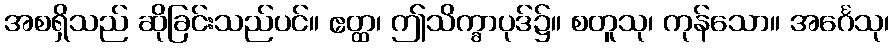
အစရှိသည် ဆိုခြင်းသည်ပင်။ ဧတ္ထ၊ ဤသိက္ခာပုဒ်၌။ စတူသု၊ ကုန်သော။ အင်္ဂေသု၊